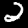
Digit: 2